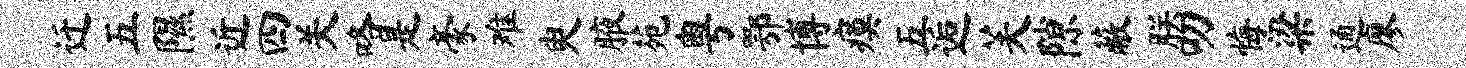
迁五隰近四关咯是豪难臾腋苑粤鄂博瘼五逅芙隙蔽朕叨悔梁通廖